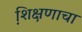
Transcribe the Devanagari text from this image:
शि़क्षणाचा